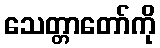
သေတ္တာတော်ကို